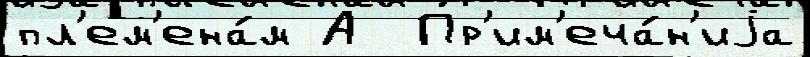
пл'ем'ена́м А  Пр'им'еча́н'иjа